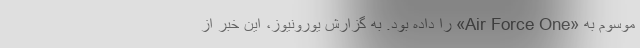
موسوم به «Air Force One» را داده بود. به گزارش یورونیوز، این خبر از